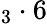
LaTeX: _3\cdot 6